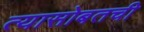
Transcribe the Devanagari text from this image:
त्यासोबतची